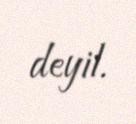
deyil.